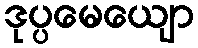
ဒုပ္ပမေယျော